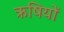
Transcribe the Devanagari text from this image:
ऋषियों